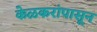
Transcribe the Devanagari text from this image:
केळकरांपासून